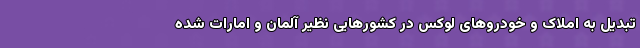
تبدیل به املاک و خودروهای لوکس در کشورهایی نظیر آلمان و امارات شده